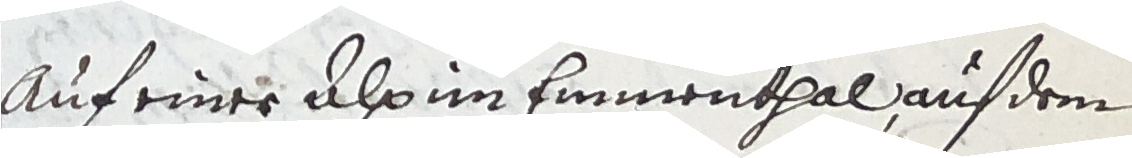
auf einer Alp im Eimmenthal auf dem